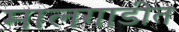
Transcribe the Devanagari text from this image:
मालगाडीत